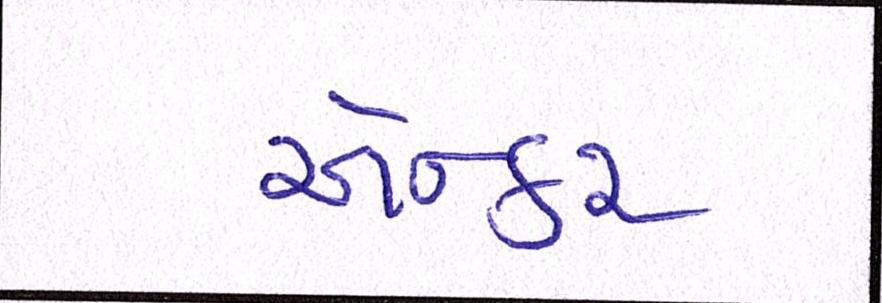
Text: એન્કર